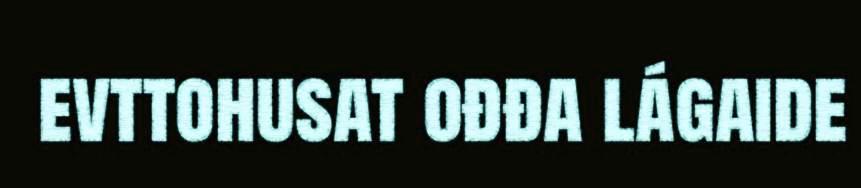
evttohusat ođđa lágaide